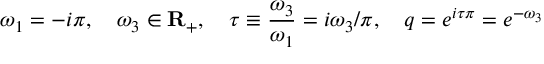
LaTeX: \omega _ { 1 } = - i \pi , \quad \omega _ { 3 } \in { \bf R } _ { + } , \quad \tau \equiv { \frac { \omega _ { 3 } } { \omega _ { 1 } } } = i \omega _ { 3 } / \pi , \quad q = e ^ { i \tau \pi } = e ^ { - \omega _ { 3 } }